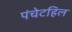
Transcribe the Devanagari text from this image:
पंचेटहिल